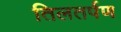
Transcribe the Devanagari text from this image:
तिलतर्पण